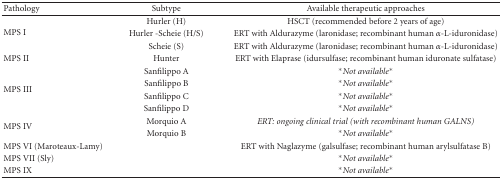
<table><thead><tr><td><b>Pathology</b></td><td><b> Subtype</b></td><td><b>Available therapeutic approaches</b></td></tr></thead><tbody><tr><td rowspan="3">MPS I</td><td>Hurler (H)</td><td>HSCT (recommended before 2 years of age)</td></tr><tr><td>Hurler -Scheie (H/S)</td><td>ERT with Aldurazyme (laronidase; recombinant human <i>α</i>-L-iduronidase)</td></tr><tr><td>Scheie (S)</td><td>ERT with Aldurazyme (laronidase; recombinant human <i>α</i>-L-iduronidase)</td></tr><tr><td>MPS II</td><td>Hunter</td><td>ERT with Elaprase (idursulfase; recombinant human iduronate sulfatase)</td></tr><tr><td rowspan="4">MPS III</td><td>Sanfilippo A</td><td>*<i>Not available*</i></td></tr><tr><td>Sanfilippo B</td><td><i>*Not available*</i></td></tr><tr><td>Sanfilippo C</td><td><i>*Not available*</i></td></tr><tr><td>Sanfilippo D</td><td><i>*Not available*</i></td></tr><tr><td rowspan="2">MPS IV</td><td>Morquio A</td><td><i>ERT: ongoing clinical trial (with recombinant human GALNS)</i></td></tr><tr><td>Morquio B</td><td><i>*Not available*</i></td></tr><tr><td>MPS VI (Maroteaux-Lamy)</td><td></td><td>ERT with Naglazyme (galsulfase; recombinant human arylsulfatase B)</td></tr><tr><td>MPS VII (Sly)</td><td></td><td><i>*Not available*</i></td></tr><tr><td>MPS IX</td><td></td><td><i>*Not available*</i></td></tr></tbody></table>